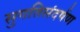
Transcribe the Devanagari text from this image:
सुगतिसंदर्षण